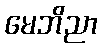
မေဘိညာ